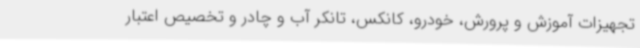
تجهیزات آموزش و پرورش، خودرو، کانکس، تانکر آب و چادر و تخصیص اعتبار